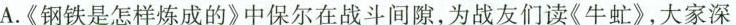
A.《钢铁是怎样炼成的》中保尔在战斗间隙，为战友们读《牛虻》，大家深